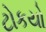
ટોકયો